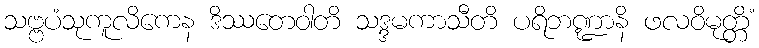
သဗ္ဗပံသုကူလိကေန ဒိဿတေဝါတိ သဒ္ဒမကာသီတိ ပရိဘဏ္ဍာနိ ဖလဝိမုတ္တိံ